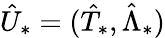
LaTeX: \hat{U}_{*}=(\hat{T}_{*},\hat{\Lambda}_{*})